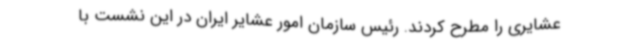
عشایری را مطرح کردند. رئیس سازمان امور عشایر ایران در این نشست با